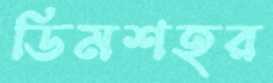
ডিমশহর